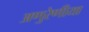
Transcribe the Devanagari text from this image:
अणुरेणीया